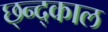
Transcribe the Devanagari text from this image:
छ्न्द्काल